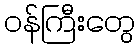
ဝန်ကြီးတွေ